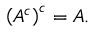
\left( A ^ { c } \right) ^ { c } = A .